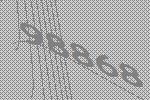
98868